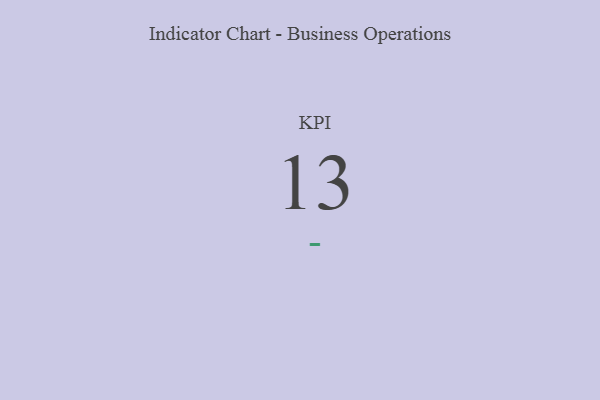
{"axis": {"x": "KPI", "y": "Value"}, "legend": [""], "data": [{"x": "KPI", "y": 13, "type": ""}]}